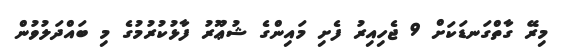
މިރޭ ގާތްގަނޑަކަށް 9 ޖެހިއިރު ފެށި މައިންގެ ޝުޢޫރު ފާޅުކުރުމުގެ މި ބައްދަލުވުން